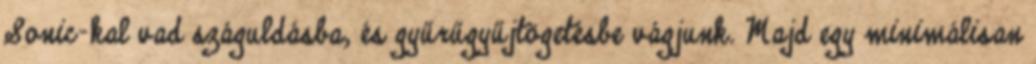
Sonic-kal vad száguldásba, és gyűrűgyűjtögetésbe vágjunk. Majd egy minimálisan